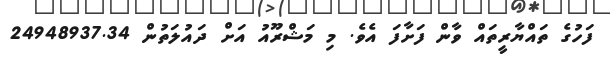
ފަހުގެ ތައްޔާރީތައް ވާން ފަށާފަ އެވެ. މި މަޝްރޫއު އަށް ދައުލަތުން 24948937.34